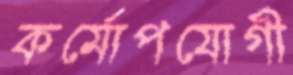
কর্মোপযোগী